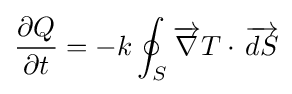
{\frac {\partial Q}{\partial t}}=-k\oint _{S}{{\overrightarrow {\nabla }}T\cdot \,{\overrightarrow {dS}}}